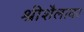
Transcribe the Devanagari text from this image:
श्रीशैलावर